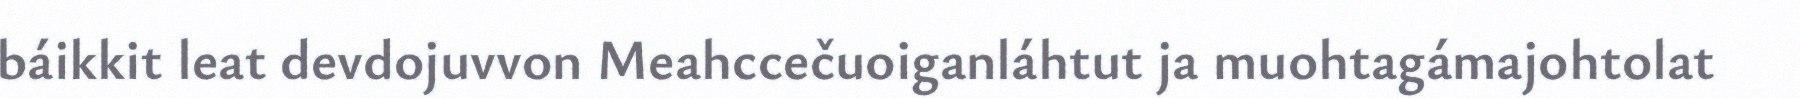
báikkit leat devdojuvvon Meahccečuoiganláhtut ja muohtagámajohtolat